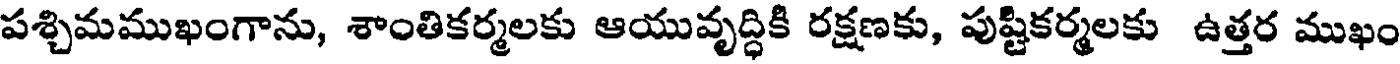
పశ్చిమముఖంగాను, శాంతికర్మలకు ఆయువృద్ధికి రక్షణకు, పుష్టికర్మలకు ఉత్తర ముఖం